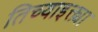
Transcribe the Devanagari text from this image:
तिच्याइक्त्या